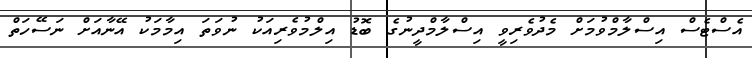
އެސްޓެސް އިސްލާމްވުމަށް މެދުވެރިވީ އިސްލާމްދީނުގެ ބޮޑު އިލްމުވެރިއަކު ނުވަތަ އިމާމަކު އޭނާއަށް ނަސޭހަތް